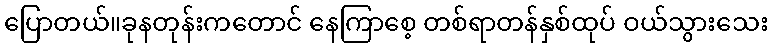
ပြောတယ်။ခုနတုန်းကတောင် နေကြာစေ့ တစ်ရာတန်နှစ်ထုပ် ဝယ်သွားသေး